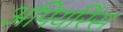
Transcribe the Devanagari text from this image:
अपियरिंस